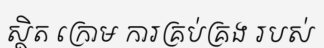
ស្ថិត ក្រោម ការគ្រប់គ្រង របស់